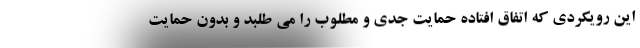
این رویکردی که اتفاق افتاده حمایت جدی و مطلوب را می طلبد و بدون حمایت